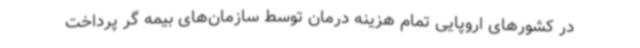
در کشورهای اروپایی تمام هزینه درمان توسط سازمان‌های بیمه گر پرداخت